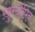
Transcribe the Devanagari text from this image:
ख़ुरदोपिन